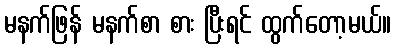
မနက်ဖြန် မနက်စာ စား ပြီးရင် ထွက်တော့မယ်။